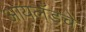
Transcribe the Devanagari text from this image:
आयलँडचे